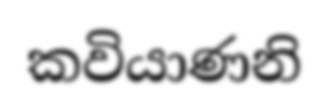
කවියාණනි